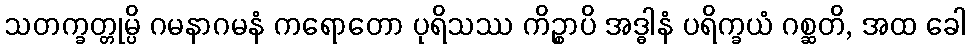
သတက္ခတ္တုမ္ပိ ဂမနာဂမနံ ကရောတော ပုရိသဿ ကိဉ္စာပိ အဒ္ဓါနံ ပရိက္ခယံ ဂစ္ဆတိ, အထ ခေါ